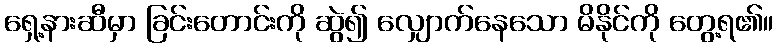
ရှေ့နားဆီမှာ ခြင်းတောင်းကို ဆွဲ၍ လျှောက်နေသော မိနိုင်ကို တွေ့ရ၏။